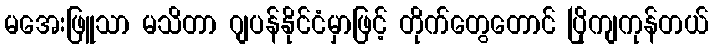
မအေးဖြူသာ မသိတာ ဂျပန်နိုင်ငံမှာဖြင့် တိုက်တွေတောင် ပြိုကျကုန်တယ်